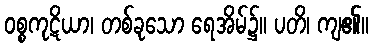
ဝစ္စကုဋိယာ၊ တစ်ခုသော ရေအိမ်၌။ ပတိ၊ ကျ၏။